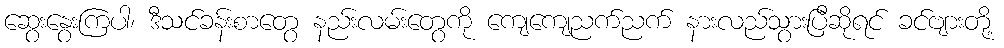
ဆွေးနွေးကြပါ၊ ဒီသင်ခန်းစာတွေ နည်းလမ်းတွေကို ကျေကျေညက်ညက် နားလည်သွားပြီဆိုရင် ခင်ဗျားတို့